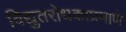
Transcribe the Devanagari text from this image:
विद्युतरोधकाप्रमाणे